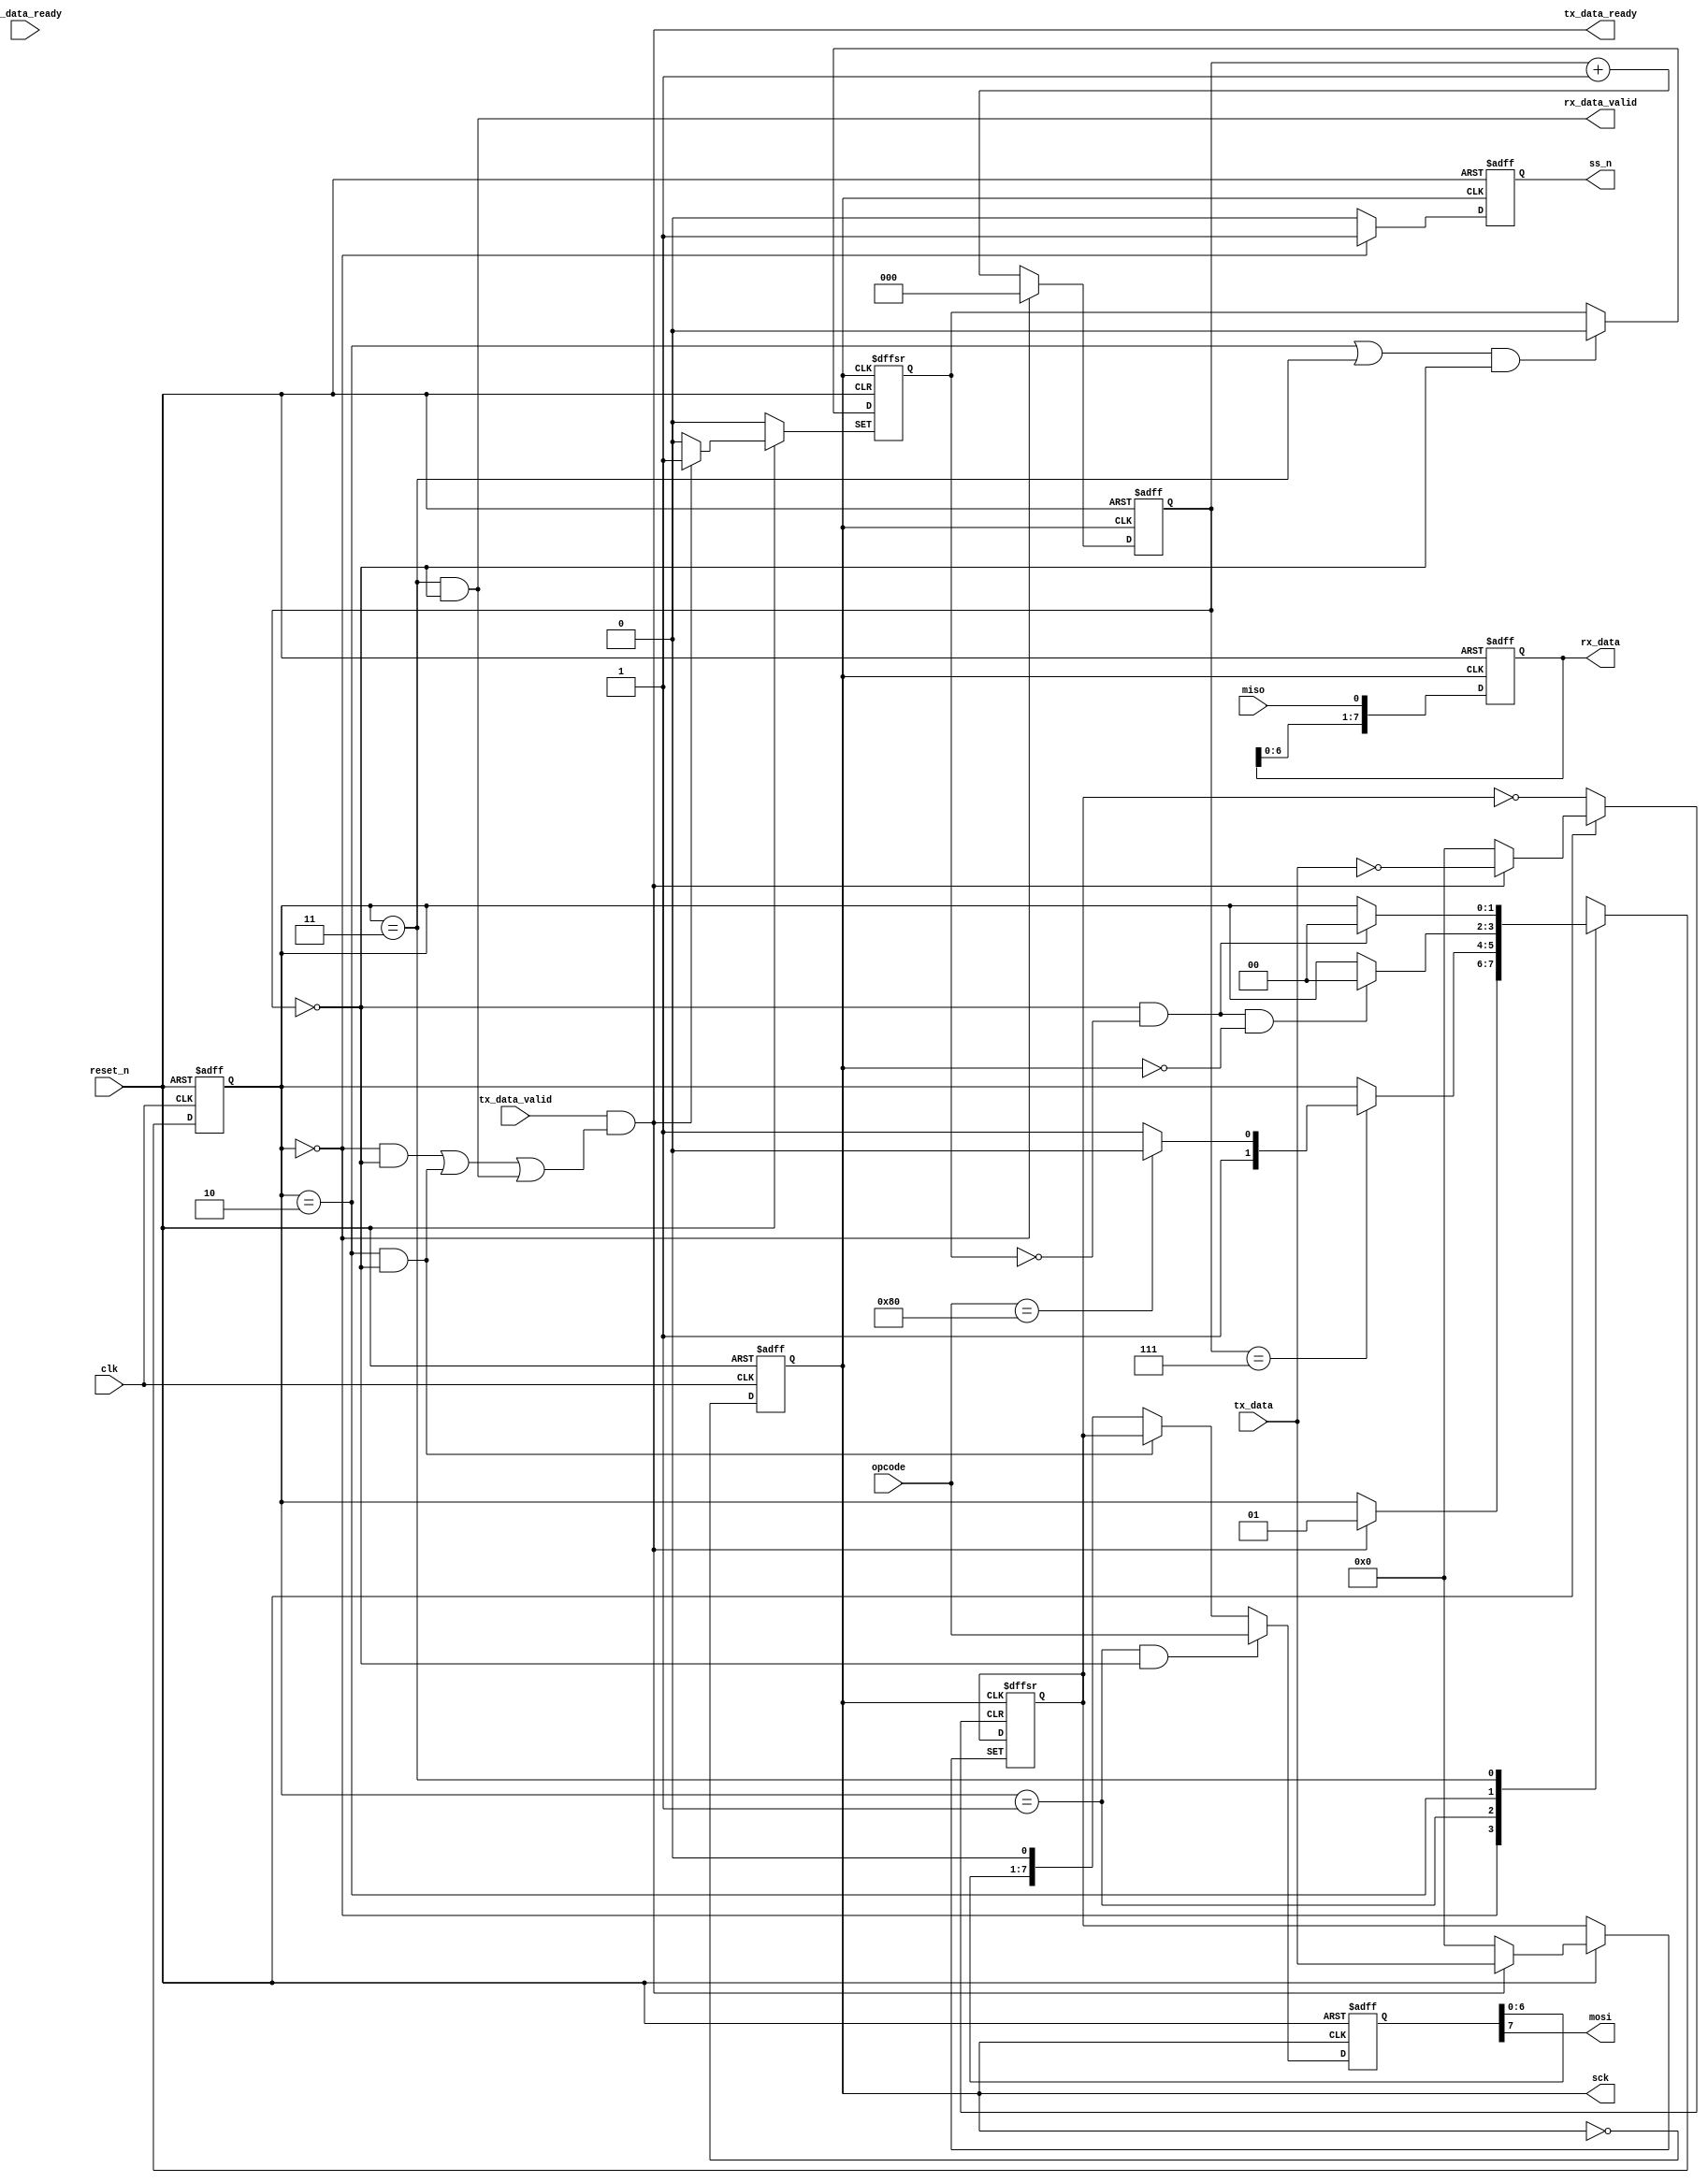
`timescale 1ns/1ns

module spi_master(/*AUTOARG*/
   // Outputs
   ss_n, mosi, sck, tx_data_ready, rx_data, rx_data_valid,
   // Inputs
   reset_n, clk, miso, tx_data, tx_data_valid, rx_data_ready, opcode
   );

   input			reset_n;
   input			clk;

   output       ss_n;
   input       miso;
   output      mosi;
   output      sck;

   input [7:0] tx_data;
   input       tx_data_valid;
   output      tx_data_ready;

   output [7:0] rx_data;
   output       rx_data_valid;
   input        rx_data_ready;

   input [7:0]  opcode;

   reg          ss_n;
   reg          sck;
   reg [2:0]    sck_idx;
   reg [7:0]    miso_shift;
   reg [7:0]    mosi_shift;

   reg [7:0]    tx_data_f;
   reg          data_exist;


   localparam SCK_DELAY = 100;

   localparam ST_IDLE   =	2'd0;
   localparam ST_OPCODE	= 2'd1;
   localparam ST_WRITE  = 2'd2;
   localparam ST_READ   =	2'd3;

   localparam OP_WRITE		=	8'h80;			// Host Read
   localparam OP_READ		=	8'h00;			// Host Write 

   reg [1:0]    state;
   reg [1:0]    nstate;

   //synopsys translate_off
   reg [30*8:1] state_str;
   always @(state)
     begin
	      case (state)
		      ST_IDLE			: state_str = "ST_IDLE";
		      ST_OPCODE			: state_str = "ST_OPCODE";
		      ST_WRITE			: state_str = "ST_WRITE";
		      ST_READ			: state_str = "ST_READ";
		      default				: state_str = "default";
	      endcase
     end
   //synopsys translate_on


   always @( * ) begin
      nstate = state;
	    case (state)
		    ST_IDLE :  begin
			     if(tx_data_ready)
				     nstate = ST_OPCODE;
			  end
	      ST_OPCODE :  begin
			     if(sck_idx == 7) begin
				      if(opcode == OP_WRITE)
					      nstate = ST_WRITE;
				      else
					      nstate = ST_READ;
			     end
		    end
		    ST_WRITE :  begin
			     if(sck_idx == 0 && !data_exist && !sck)
				     nstate = ST_IDLE;
		    end

		    ST_READ :  begin
			     if(sck_idx == 0 && !data_exist)
				     nstate = ST_IDLE;
		    end
	    endcase
   end

   always @(negedge reset_n or posedge clk) begin
	      if (!reset_n)
		      state <= ST_IDLE;
	      else
		      state <= #1 nstate;
     end

   always @(negedge reset_n or posedge clk) begin
      if(!reset_n) begin
         sck <= 0;
      end else begin
         #(SCK_DELAY/2) sck <= ~sck;
      end
   end

   always @ (negedge reset_n or negedge  sck) begin
      if(!reset_n)
        ss_n <= 1;
      else
        if(state == ST_IDLE)
          #1 ss_n <= 1;
        else
          #1 ss_n <= 0;
   end

   always @(negedge reset_n or posedge sck)
     begin
	      if (!reset_n )
		      sck_idx <= #1 0;
	      else begin
		       if(state == ST_IDLE)
			       sck_idx <= #1 0;
           else
			       sck_idx <= #1 sck_idx + 1;
	      end
     end

     always @(negedge reset_n or posedge sck)
     begin
	      if (!reset_n )
		      miso_shift <= #1 0;
	      else
			    miso_shift <= #1 {miso_shift[6:0], miso};
     end

   always @(negedge reset_n or posedge sck)
     begin
	      if (!reset_n )
		      mosi_shift <= #1 0;
	      else
          if(state == ST_OPCODE && sck_idx == 0)
            mosi_shift <= #1 opcode;
          else if(state == ST_WRITE && sck_idx == 0) begin
             mosi_shift <= #1 tx_data_f;
          end else
			      mosi_shift <= #1 {mosi_shift[6:0], 1'b0};
     end

   assign mosi = mosi_shift[7];


   assign tx_data_ready = tx_data_valid && ((state == ST_IDLE && sck_idx == 0) 
                                            || (state == ST_WRITE && sck_idx == 0) 
                                            || (state == ST_READ && sck_idx == 0));
   always @(negedge reset_n or posedge sck or posedge tx_data_ready) begin
	    if (!reset_n )
        data_exist <= 0;
      else
        if(tx_data_ready) begin
           data_exist <= 1;
           tx_data_f <= tx_data;
        end else if((state == ST_WRITE || state == ST_READ) && sck_idx == 0)
          data_exist <= 0;
   end

   assign rx_data_valid = state == ST_READ && sck_idx == 0;
   assign #1 rx_data = miso_shift;
   
endmodule